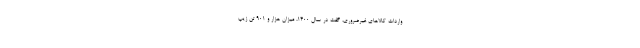
واردات کالاهای غیرضروری، گفت در سال ۱۴۰۰، میزان هزار و ۹۰۱ تن زیپ